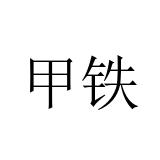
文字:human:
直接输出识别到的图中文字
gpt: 甲铁